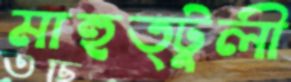
মাহুত্টুলী